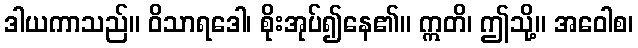
ဒါယကာသည်။ ဝိသာရဒေါ၊ စိုးအုပ်၍နေ၏။ ဣတိ၊ ဤသို့။ အဝေါစ၊